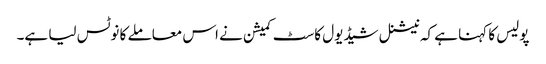
پولیس کا کہنا ہے کہ نیشنل شیڈیول کاسٹ کمیشن نے اس معاملے کا نوٹس لیا ہے۔